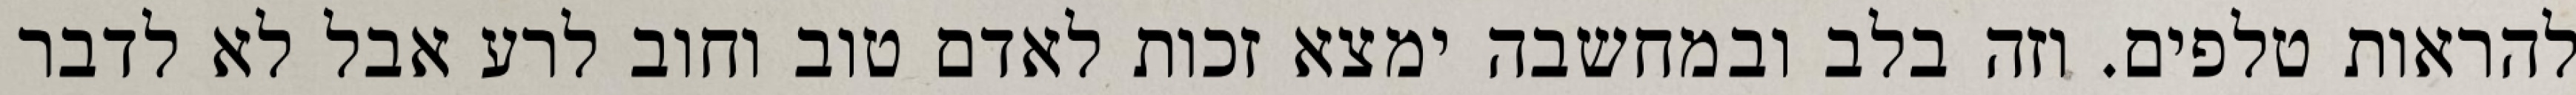
להראות טלפים. וזה בלב ובמחשבה ימצא זכות לאדם טוב וחוב לרע אבל לא לדבר